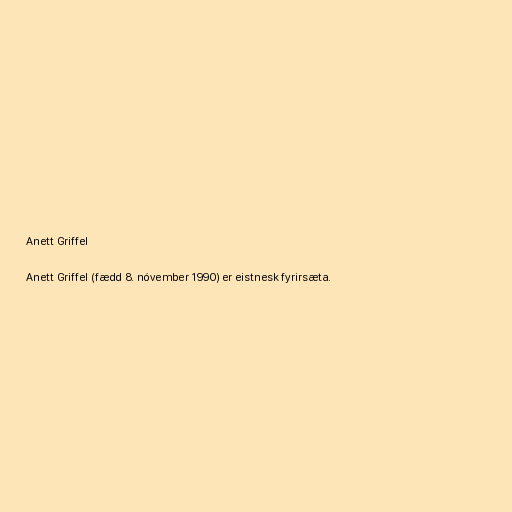
Anett Griffel

Anett Griffel (fædd 8. nóvember 1990) er eistnesk fyrirsæta.